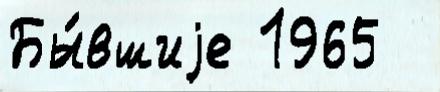
Бы́вшиjе 1965